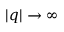
| q | \to \infty